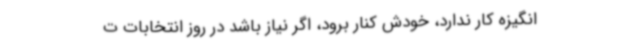
انگیزه کار ندارد، خودش کنار برود، اگر نیاز باشد در روز انتخابات ت